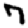
Digit: 7